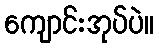
ကျောင်းအုပ်ပဲ။